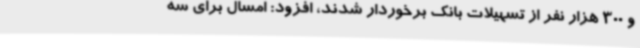
و 300 هزار نفر از تسهیلات بانک برخوردار شدند، افزود: امسال برای سه